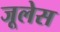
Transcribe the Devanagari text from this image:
जूलेस